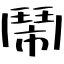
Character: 鬧